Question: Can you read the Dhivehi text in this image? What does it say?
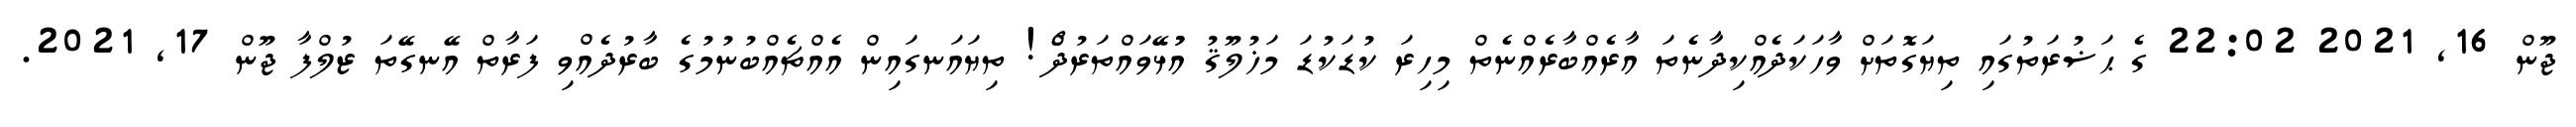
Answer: ޖޫން 16, 2021 22:02 ގެ ޙަޟުރަތުގައި ތިޔަގޮތަށް ވާހަކަދެއްކިދާނެތަ އާރެއްބާރެއްނެތް މިހިރަ ކުޑަކުޑަ މަޚުލޫޤު އުުޅޭވައްތަރުދޯް! ތިޔައަނގައިން އެއްޗެއްބުނުމުގެ ބާރުދެއްވި ފަރާތް އޭނގޭތަ ޒުލްފާ ޖޫން 17, 2021.